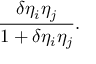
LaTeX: { \frac { \delta \eta _ { i } \eta _ { j } } { 1 + \delta \eta _ { i } \eta _ { j } } } .